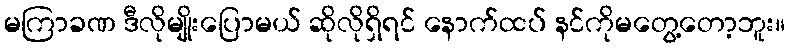
မကြာခဏ ဒီလိုမျိုးပြောမယ် ဆိုလိုရှိရင် နောက်ထပ် နင်ကိုမတွေ့တော့ဘူး။